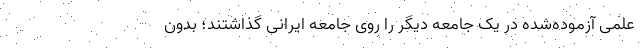
علمی آزموده‌شده در یک جامعه دیگر را روی جامعه ایرانی گذاشتند؛ بدون